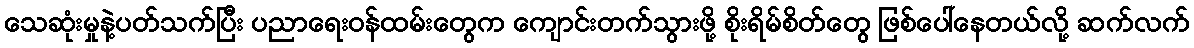
သေဆုံးမှုနဲ့ပတ်သက်ပြီး ပညာရေးဝန်ထမ်းတွေက ကျောင်းတက်သွားဖို့ စိုးရိမ်စိတ်တွေ ဖြစ်ပေါ်နေတယ်လို့ ဆက်လက်